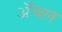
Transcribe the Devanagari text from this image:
अँचल